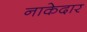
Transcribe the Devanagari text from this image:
नाकेदार